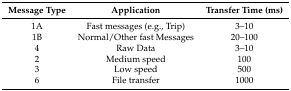
| Message Type | Application | Transfer Time (ms) |
 | --- | --- | --- |
 | 1A | Fast messages (e.g., Trip) | 3–10 |
 | 1B | Normal/Other fast Messages | 20–100 |
 | 4 | Raw Data | 3–10 |
 | 2 | Medium speed | 100 |
 | 3 | Low speed | 500 |
 | 6 | File transfer | 1000 |